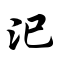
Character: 汜